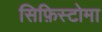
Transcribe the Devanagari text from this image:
सिफ़िस्टोमा